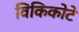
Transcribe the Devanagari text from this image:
विकिकोटे